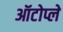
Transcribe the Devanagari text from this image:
ऑटोप्ले